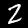
Label: 2